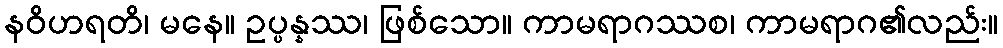
နဝိဟရတိ၊ မနေ။ ဥပ္ပန္နဿ၊ ဖြစ်သော။ ကာမရာဂဿစ၊ ကာမရာဂ၏လည်း။